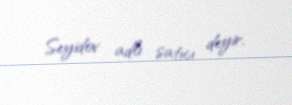
Seyidov adlı satıcı deyir.